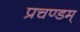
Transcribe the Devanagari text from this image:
प्रचण्डम्